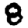
Digit: 8